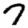
Digit: 7